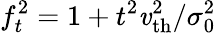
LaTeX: f_{t}^{2}=1+t^{2}\mathit{v}_{\mathrm{{th}}}^{2}/\sigma_{0}^{2}